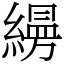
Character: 𦄡